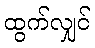
ထွက်လျှင်